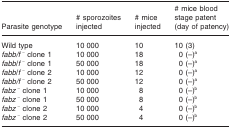
<table><thead><tr><td><b>Parasite genotype</b></td><td><b># sporozoites injected</b></td><td><b># mice injected</b></td><td><b># mice blood stage patent (day of patency)</b></td></tr></thead><tbody><tr><td>Wild type</td><td>10 000</td><td>10</td><td>10(3)</td></tr><tr><td><i>fabb/f</i><sup>−</sup> clone 1</td><td>10 000</td><td>18</td><td>0(–)a</td></tr><tr><td><i>fabb</i>/<i>f</i><sup>−</sup> clone 1</td><td>50 000</td><td>18</td><td>0(–)a</td></tr><tr><td><i>fabb</i>/<i>f</i><sup>−</sup> clone 2</td><td>10 000</td><td>12</td><td>0(–)a</td></tr><tr><td><i>fabb/f</i><sup>−</sup> clone 2</td><td>50 000</td><td>12</td><td>0(–)a</td></tr><tr><td><i>fabz</i><sup>−</sup> clone 1</td><td>10 000</td><td>8</td><td>0(–)b</td></tr><tr><td><i>fabz</i><sup>−</sup> clone 1</td><td>50 000</td><td>8</td><td>0(–)b</td></tr><tr><td><i>fabz</i><sup>−</sup> clone 2</td><td>10 000</td><td>4</td><td>0(–)b</td></tr><tr><td><i>fabz</i><sup>−</sup> clone 2</td><td>50 000</td><td>4</td><td>0(–)b</td></tr></tbody></table>